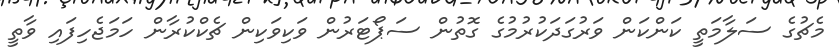
މެޗުގެ ސަލާމަތީ ކަންކަން ވަރުގަދަކުރުމުގެ ގޮތުން ސަޕޯޓަރުން ވަކިވަކިން ޗެކްކުރާން ހަމަޖެހިފައި ވާތީ